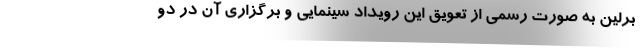
برلین به صورت رسمی از تعویق این رویداد سینمایی و برگزاری آن در دو